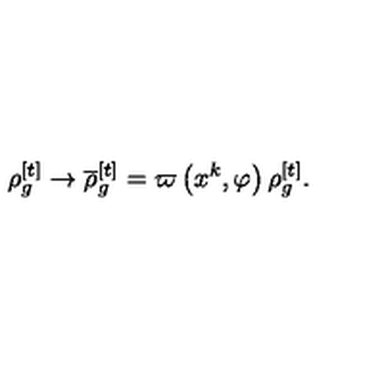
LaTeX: \rho _ { g } ^ { [ t ] } \rightarrow \overline { { \rho } } _ { g } ^ { [ t ] } = \varpi \left( x ^ { k } , \varphi \right) \rho _ { g } ^ { [ t ] } .